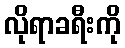
လိုရာခရီးကို